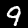
Digit: 9